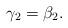
LaTeX: \begin{align*}\gamma_2 = \beta_2.\end{align*}